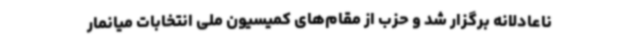
ناعادلانه برگزار شد و حزب از مقام‌های کمیسیون ملی انتخابات میانمار